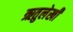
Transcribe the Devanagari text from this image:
ऋतुलेखी